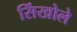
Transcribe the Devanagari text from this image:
सिंखोले